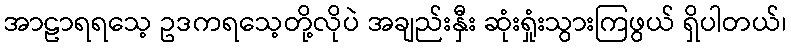
အာဠာရရသေ့ ဥဒကရသေ့တို့လိုပဲ အချည်းနှီး ဆုံးရှုံးသွားကြဖွယ် ရှိပါတယ်၊